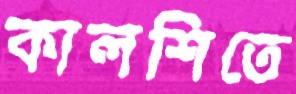
কালশিতে